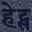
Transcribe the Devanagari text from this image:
हेट्स